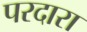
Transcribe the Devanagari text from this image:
परदारा